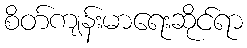
စိတ်ကျန်းမာရေးဆိုင်ရာ